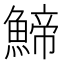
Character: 䱱